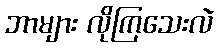
ဘာများ လိုကြသေးလဲ